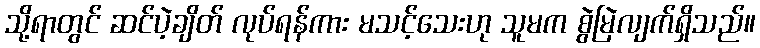
သို့ရာတွင် ဆင်ပဲ့ချိတ် လုပ်ရန်ကား မသင့်သေးဟု သူမက စွဲမြဲလျက်ရှိသည်။